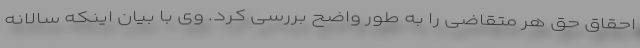
احقاق حق هر متقاضی را به طور واضح بررسی کرد. وی با بیان اینکه سالانه